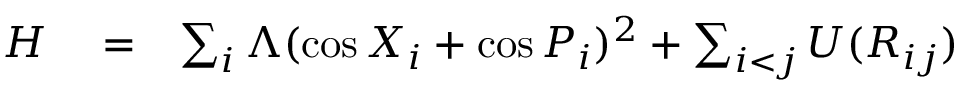
\begin{array} { r l r } { { \cal H } } & { { } = } & { \sum _ { i } \Lambda ( \cos X _ { i } + \cos P _ { i } ) ^ { 2 } + \sum _ { i < j } U ( R _ { i j } ) } \end{array}